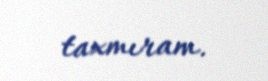
taxmıram.